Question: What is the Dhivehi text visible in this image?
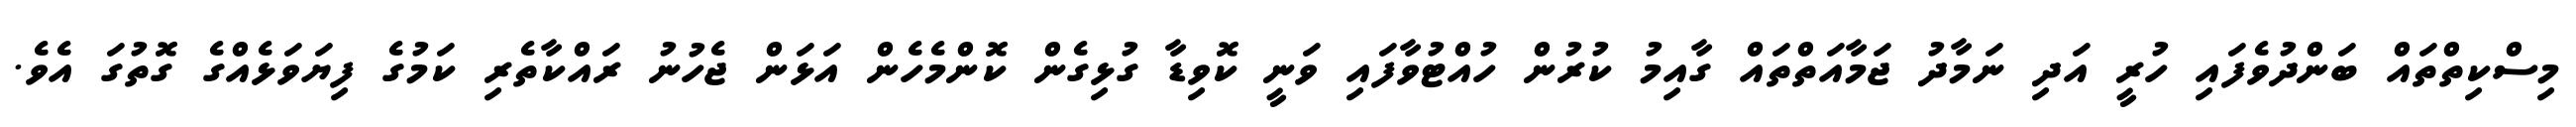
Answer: މިސްކިތްތައް ބަންދުވެފައި ހުރީ އަދި ނަމާދު ޖަމާއަތްތައް ގާއިމު ކުރުން ހުއްޓުވާފައި ވަނީ ކޮވިޑާ ގުޅިގެން ކޮންމެހެން އަޅަން ޖެހުނު ރައްކާތެރި ކަމުގެ ފިޔަވަޅެއްގެ ގޮތުގަ އެވެ.